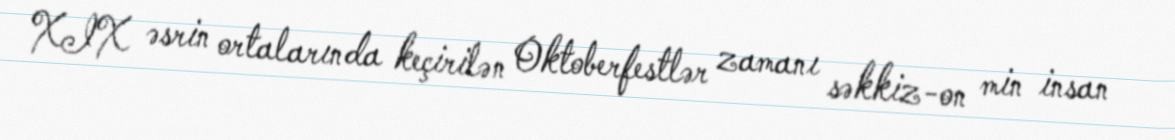
XIX əsrin ortalarında keçirilən Oktoberfestlər zamanı səkkiz-on min insan